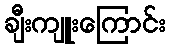
ချီးကျူးကြောင်း